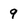
Character: 9